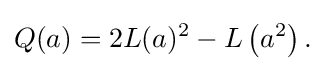
\displaystyle {Q(a)=2L(a)^{2}-L\left(a^{2}\right).}